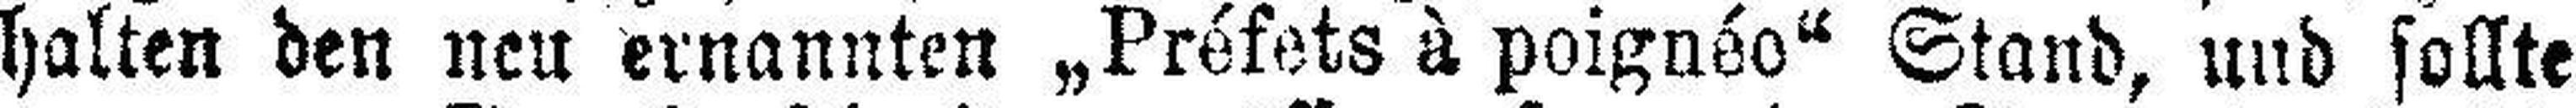
halten den neu ernannten „Préfets à poignéo“ Stand, und sollte